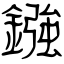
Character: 鏹